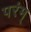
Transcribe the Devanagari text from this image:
परंम्